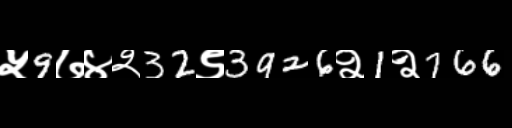
Text: ५9७४२32९3926२1२766